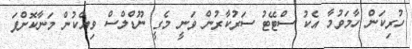
ހުރިކަން ހާމަވުމާ އެކު ސްޓޭޓު ސަރުކާރުން ވަނީ މެގީ ނޫޑްލްސް ވިއްކުން މަނާކޮށްފަ